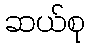
ဆယ်စု